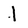
Character: 1